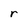
Character: r